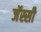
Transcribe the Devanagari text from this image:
जॅस्सी